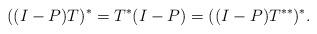
LaTeX: \begin{align*} ((I-P)T)^*=T^*(I-P)=((I-P)T^{**})^*.\end{align*}